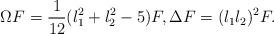
LaTeX: \begin{align*}\Omega F=\frac{1}{12}(l^2_1+l^2_2-5)F,\Delta F=(l_1 l_2)^2F.\end{align*}